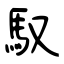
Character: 馭